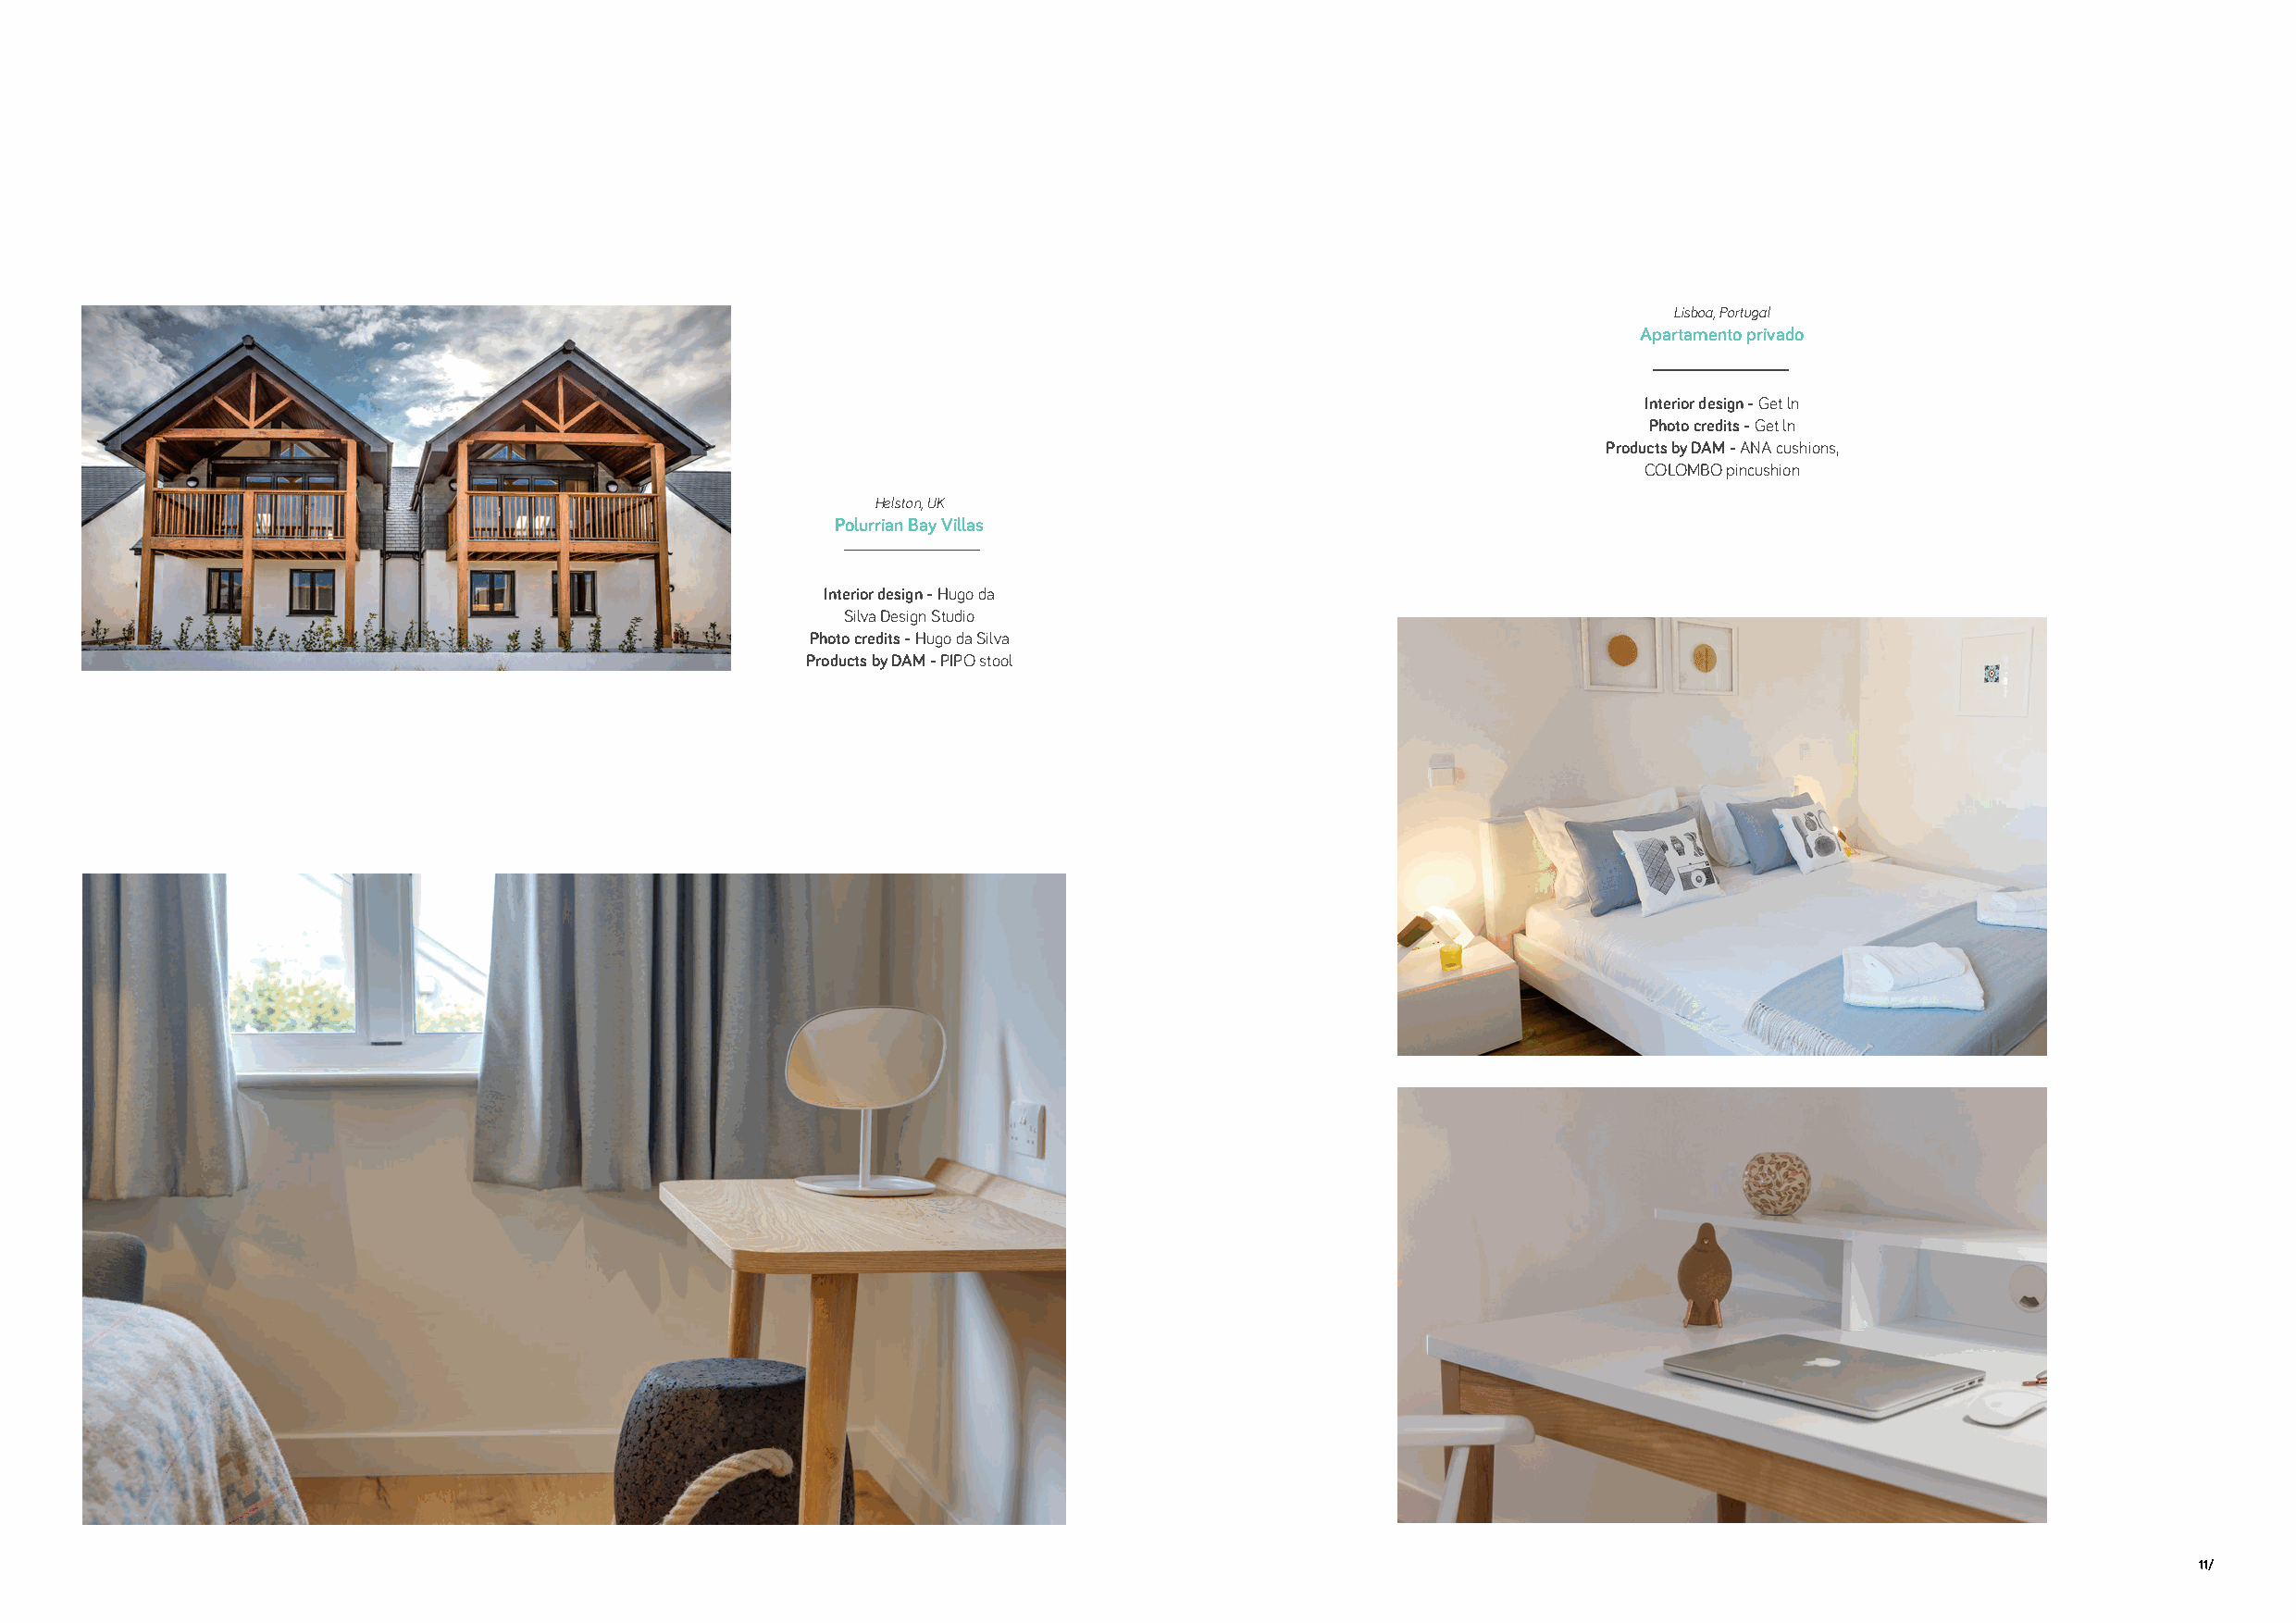
Lisboa, Portugal
 Apartamento privado
 Interior design - Get ln
 Photo credits - Get ln
 Products by DAM - ANA cushions,
 COLOMBO pincushion
 Helston, UK
 Polurrian Bay Villas
 Interior design - Hugo da
 Silva Design Studio
 Photo credits - Hugo da Silva
 Products by DAM - PIPO stool
 11/